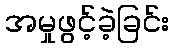
အမှုဖွင့်ခဲ့ခြင်း